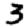
Digit: 3